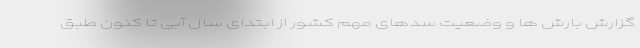
گزارش بارش ها و وضعیت سدهای مهم کشور از ابتدای سال آبی تا کنون طبق